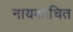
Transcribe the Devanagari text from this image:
नायकोचित